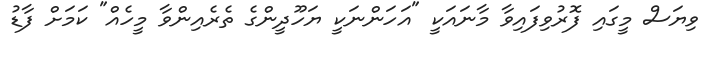
ވިޔަސް މީގައި ފޮރުވިފައިވާ މާނައަކީ "އަހަންނަކީ ޔަހޫދީންގެ ތެރެއިންވާ މީހެއް" ކަމަށް ފާޑު